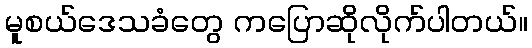
မူစယ်ဒေသခံတွေ ကပြောဆိုလိုက်ပါတယ်။